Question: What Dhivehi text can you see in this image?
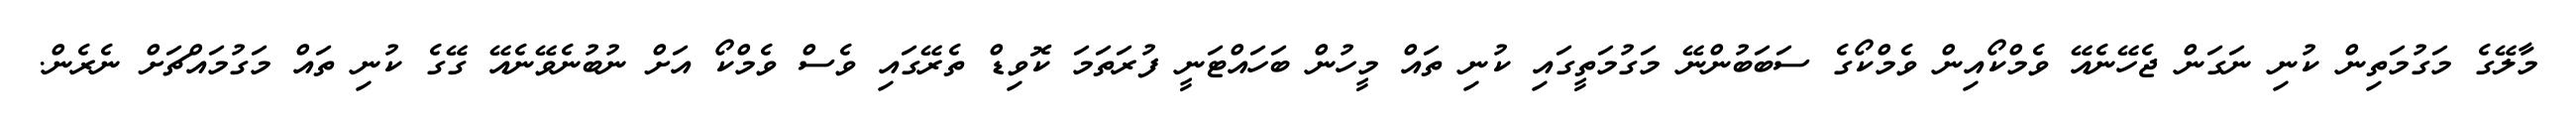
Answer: މާލޭގެ މަގުމަތިން ކުނި ނަގަން ޖެހޭނެއޭ ވެމްކޯއިން ވެމްކޯގެ ސަބަބުންނޭ މަގުމަތީގައި ކުނި ތައް މީހުން ބަހައްޓަނީ ފުރަތަމަ ކޮވިޑް ތެރޭގައި ވެސް ވެމްކޯ އަށް ނުބުނެވޭނެއޭ ގޭގެ ކުނި ތައް މަގުމައްޗަށް ނެރެން.